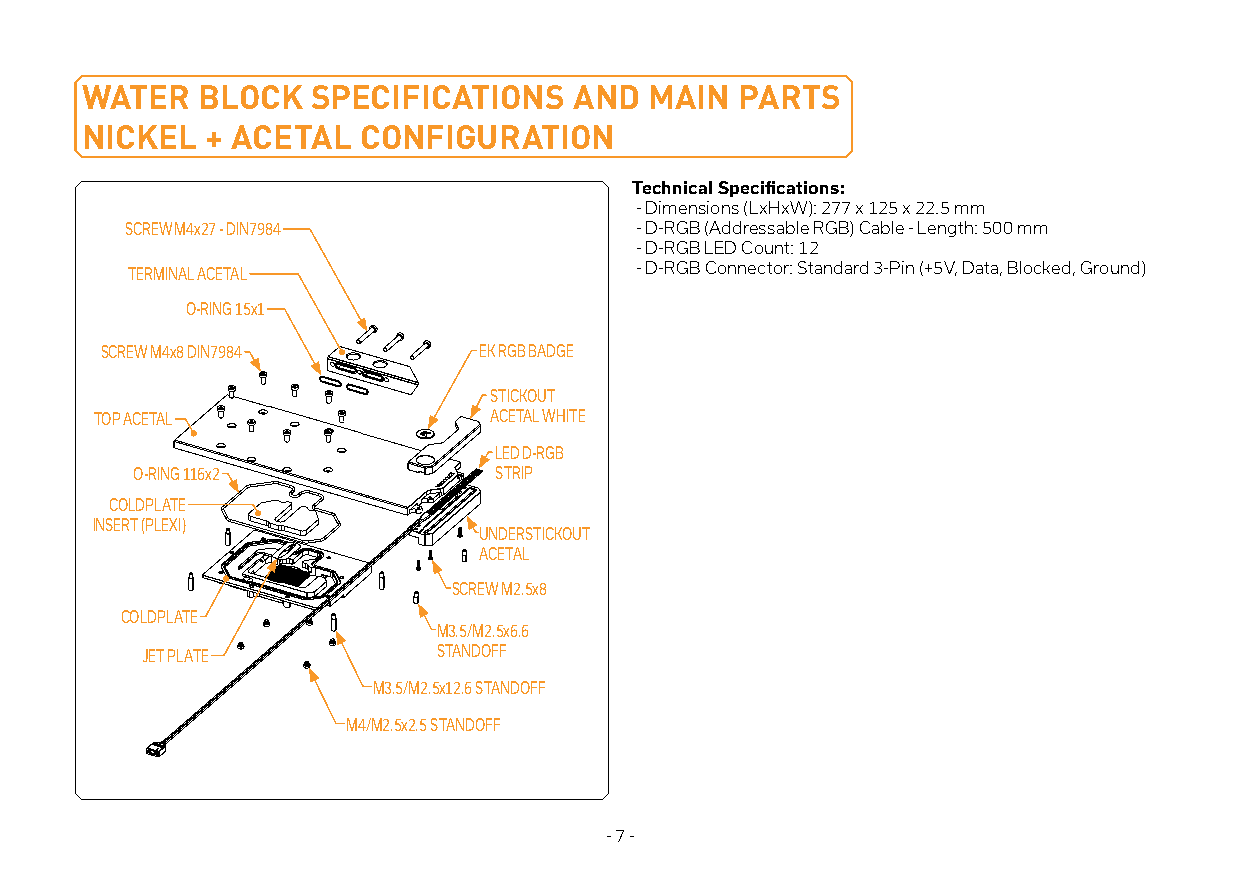
WATER   BLOCK   SPECIFICATIONS   AND  MAIN  PARTS
 NICKEL   + ACETAL  CONFIGURATION
 Technical Specifications:
 - Dimensions (LxHxW): 277 x 125 x 22.5 mm
 SCREW M4x27 - DIN7984             - D-RGB (Addressable RGB) Cable - Length: 500 mm
 - D-RGB LED Count: 12
 TERMINAL ACETAL                   - D-RGB Connector: Standard 3-Pin (+5V, Data, Blocked, Ground)
 O-RING 15x1
 SCREW M4x8 DIN7984       EK RGB BADGE
 STICKOUT
 TOP ACETAL                ACETAL WHITE
 LED D-RGB
 O-RING 116x2            STRIP
 COLDPLATE
 INSERT (PLEXI)
 UNDERSTICKOUT
 ACETAL
 SCREW M2.5x8
 COLDPLATE
 M3.5/M2.5x6.6
 JET PLATE           STANDOFF
 M3.5/M2.5x12.6 STANDOFF
 M4/M2.5x2.5 STANDOFF
 - 7 -